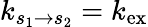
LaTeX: k_{s_{1}\to s_{2}}=k_{\mathrm{ex}}